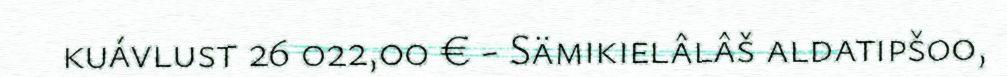
kuávlust 26 022,00 € - Sämikielâlâš aldatipšoo,